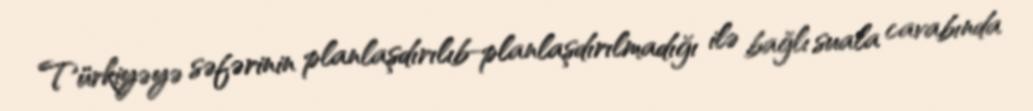
Türkiyəyə səfərinin planlaşdırılıb-planlaşdırılmadığı ilə bağlı suala cavabında